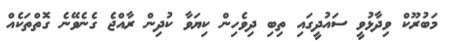
މަބުރޫކް ވިދާޅުވީ ސައުދީގައި ތިބި ދިވެހިން ކިޔަވާ ކުދިން ރާއްޖެ ގެނެވޭނެ ގޮތްތަކެއް